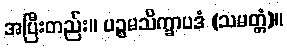
အပြီးတည်း။ ပဉ္စမသိက္ခာပဒံ (သမတ္တံ)။